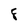
Character: 8